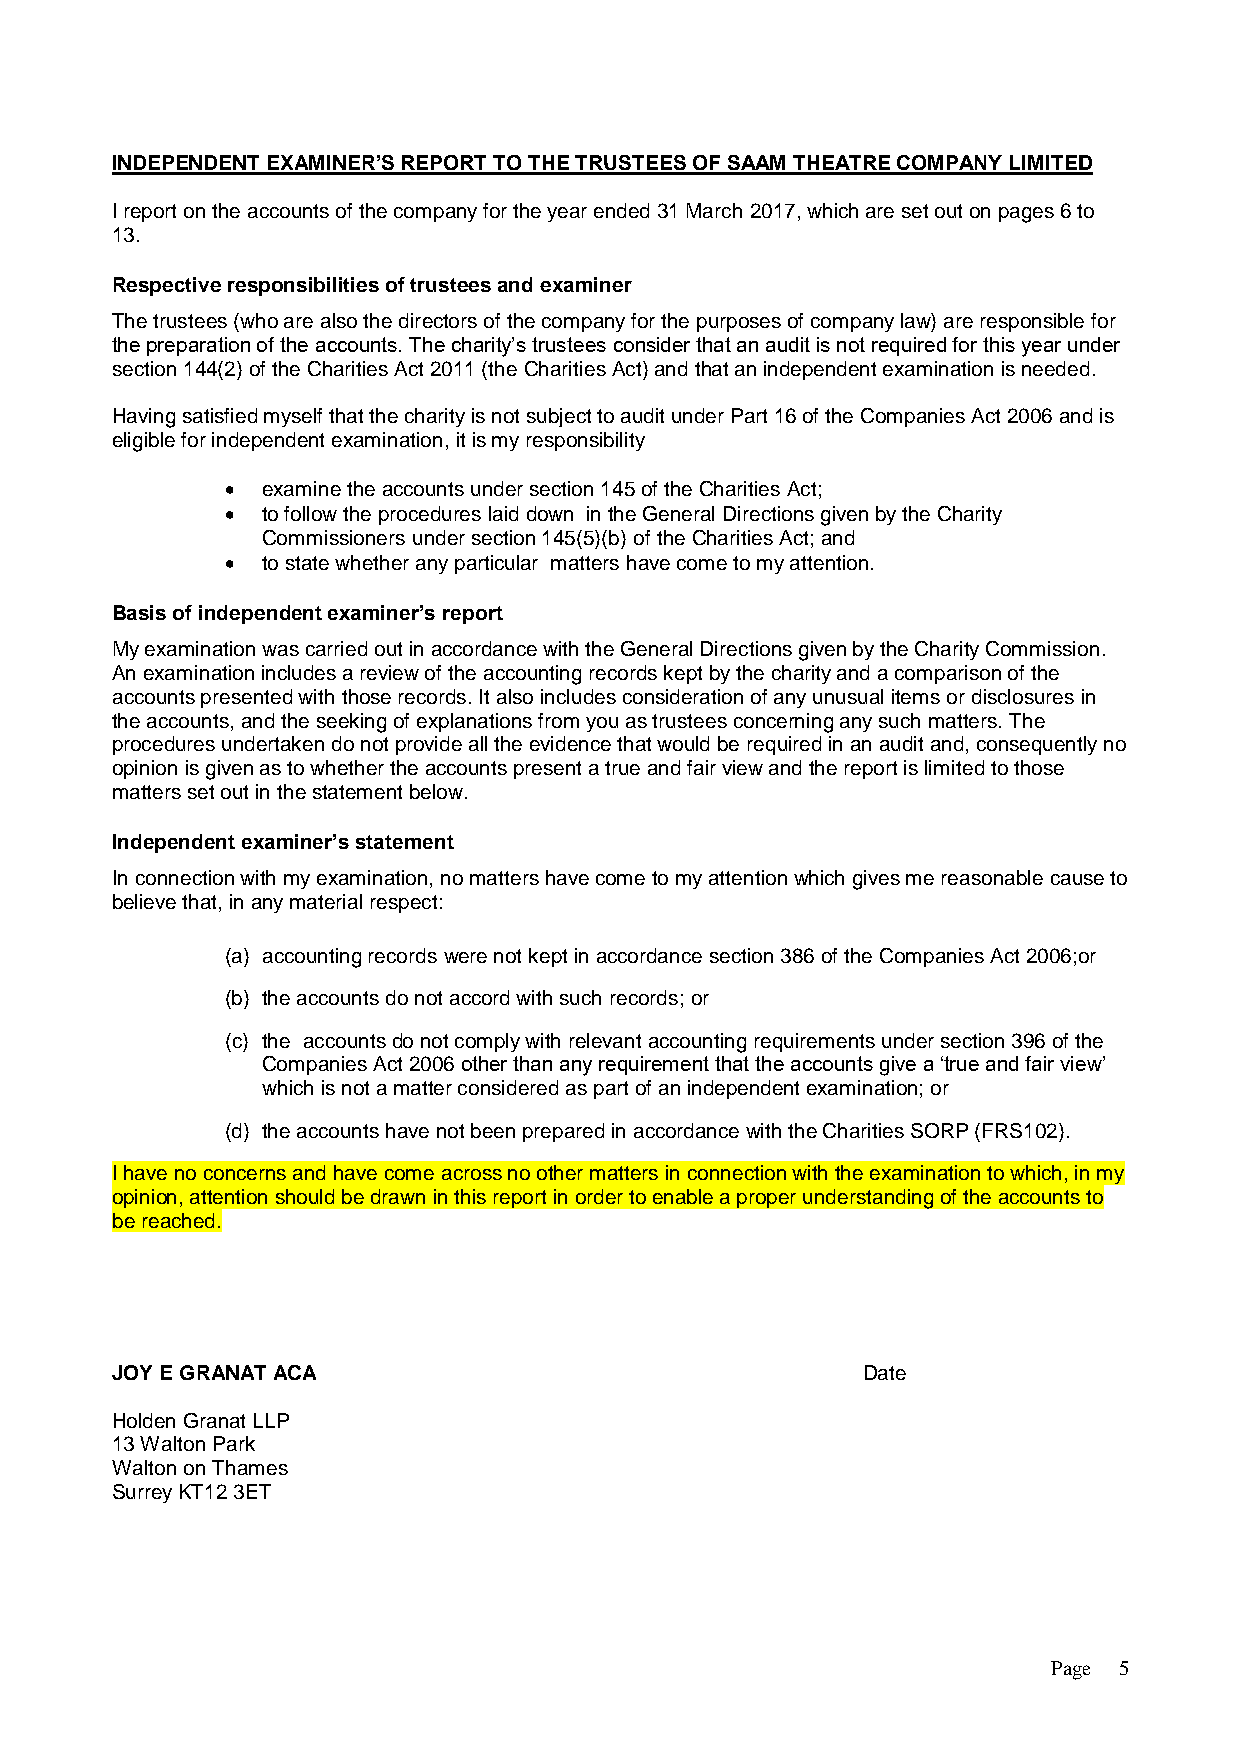
INDEPENDENT EXAMINER’S REPORT TO THE TRUSTEES OF SAAM THEATRE COMPANY LIMITED
 I report on the accounts of the company for the year ended 31 March 2017, which are set out on pages 6 to
 13.
 Respective responsibilities of trustees and examiner
 The trustees (who are also the directors of the company for the purposes of company law) are responsible for
 the preparation of the accounts. The charity’s trustees consider that an audit is not required for this year under
 section 144(2) of the Charities Act 2011 (the Charities Act) and that an independent examination is needed.
 Having satisfied myself that the charity is not subject to audit under Part 16 of the Companies Act 2006 and is
 eligible for independent examination, it is my responsibility
  examine the accounts under section 145 of the Charities Act;
  to follow the procedures laid down in the General Directions given by the Charity
 Commissioners under section 145(5)(b) of the Charities Act; and
  to state whether any particular matters have come to my attention.
 Basis of independent examiner’s report
 My examination was carried out in accordance with the General Directions given by the Charity Commission.
 An examination includes a review of the accounting records kept by the charity and a comparison of the
 accounts presented with those records. It also includes consideration of any unusual items or disclosures in
 the accounts, and the seeking of explanations from you as trustees concerning any such matters. The
 procedures undertaken do not provide all the evidence that would be required in an audit and, consequently no
 opinion is given as to whether the accounts present a true and fair view and the report is limited to those
 matters set out in the statement below.
 Independent examiner’s statement
 In connection with my examination, no matters have come to my attention which gives me reasonable cause to
 believe that, in any material respect:
 (a) accounting records were not kept in accordance section 386 of the Companies Act 2006;or
 (b) the accounts do not accord with such records; or
 (c) the accounts do not comply with relevant accounting requirements under section 396 of the
 Companies Act 2006 other than any requirement that the accounts give a ‘true and fair view’
 which is not a matter considered as part of an independent examination; or
 (d) the accounts have not been prepared in accordance with the Charities SORP (FRS102).
 I have no concerns and have come across no other matters in connection with the examination to which, in my
 opinion, attention should be drawn in this report in order to enable a proper understanding of the accounts to
 be reached.
 JOY E GRANAT ACA                                  Date
 Holden Granat LLP
 13 Walton Park
 Walton on Thames
 Surrey KT12 3ET
 Page 5